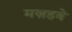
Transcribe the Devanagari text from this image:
मज़हबे